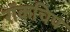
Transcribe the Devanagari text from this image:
रॉकचिप